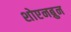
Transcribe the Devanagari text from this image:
शोएनब्रुन